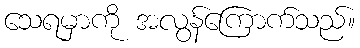
သေရမှာကို အလွန်ကြောက်သည်။